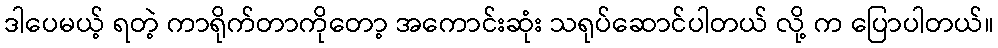
ဒါပေမယ့် ရတဲ့ ကာရိုက်တာကိုတော့ အကောင်းဆုံး သရုပ်ဆောင်ပါတယ် လို့ က ပြောပါတယ်။